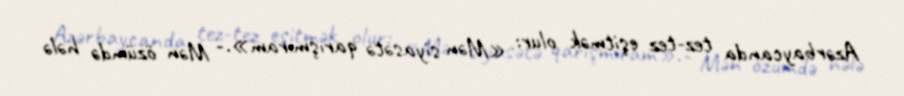
Azərbaycanda tez-tez eşitmək olur: «Mən siyasətə qarışmıram».- Mən özümdə hələ